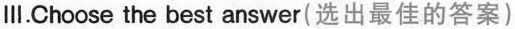
Ⅲ.Choose the best answer(选出最佳的答案)